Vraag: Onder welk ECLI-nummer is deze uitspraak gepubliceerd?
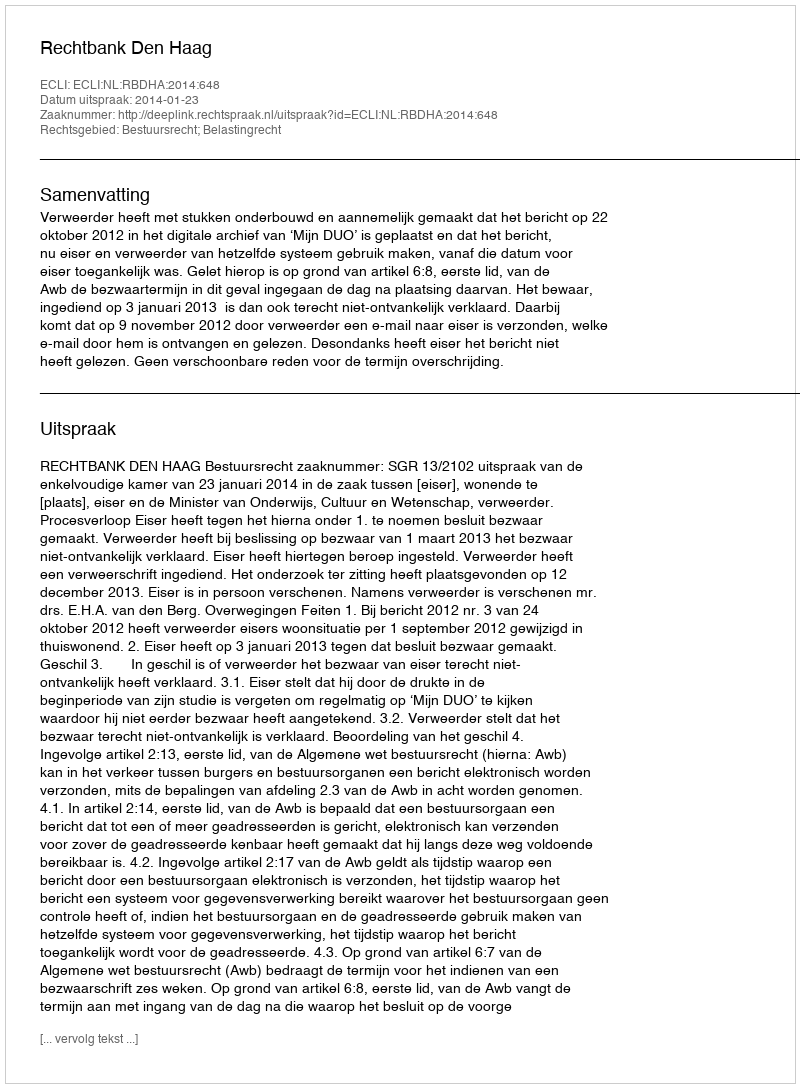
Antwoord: ECLI:NL:RBDHA:2014:648